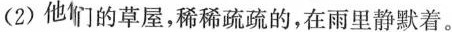
(2)他们的草屋，稀稀疏疏的，在雨里静默着。